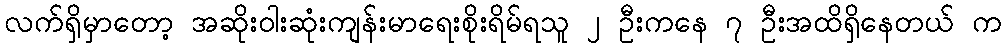
လက်ရှိမှာတော့ အဆိုးဝါးဆုံးကျန်းမာရေးစိုးရိမ်ရသူ ၂ ဦးကနေ ၇ ဦးအထိရှိနေတယ် က